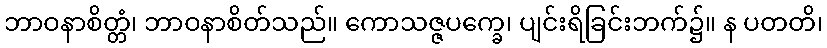
ဘာဝနာစိတ္တံ၊ ဘာဝနာစိတ်သည်။ ကောသဇ္ဇပက္ခေ၊ ပျင်းရိခြင်းဘက်၌။ န ပတတိ၊